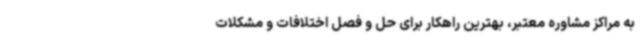
به مراکز مشاوره معتبر، بهترین راهکار برای حل و فصل اختلافات و مشکلات